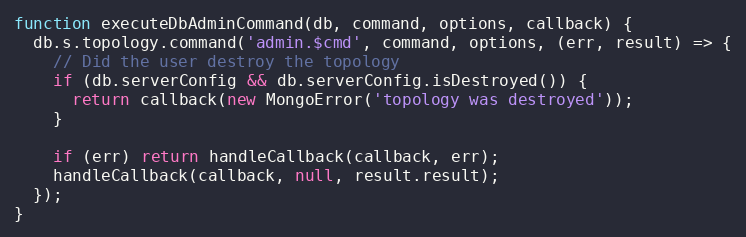
Language: JavaScript
function executeDbAdminCommand(db, command, options, callback) {
  db.s.topology.command('admin.$cmd', command, options, (err, result) => {
    // Did the user destroy the topology
    if (db.serverConfig && db.serverConfig.isDestroyed()) {
      return callback(new MongoError('topology was destroyed'));
    }

    if (err) return handleCallback(callback, err);
    handleCallback(callback, null, result.result);
  });
}